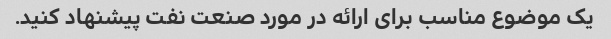
یک موضوع مناسب برای ارائه در مورد صنعت نفت پیشنهاد کنید.